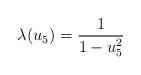
LaTeX: \begin{align*}\lambda (u_5) = \frac{1}{1-u_5^2}\end{align*}